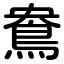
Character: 鴦